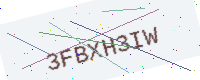
Text: 3FBXH3IW